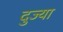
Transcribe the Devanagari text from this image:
दुज्या